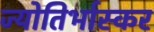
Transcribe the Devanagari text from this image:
ज्योतिर्भास्कर